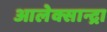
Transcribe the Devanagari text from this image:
आलेक्सान्द्रा